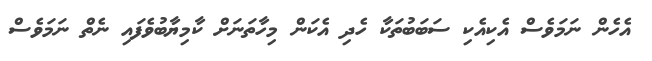
އެހެން ނަމަވެސް އެކިއެކި ސަބަބުތަކާ ހެދި އެކަން މިހާތަނަށް ކާމިޔާބުވެފައި ނެތް ނަމަވެސް